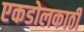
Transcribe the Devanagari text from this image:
एकडोलकाठी